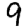
Digit: 9